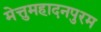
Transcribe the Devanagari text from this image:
मेत्तुमहादनपुरम